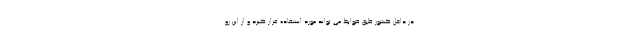
در داخل کشور طبق ضوابط می تواند مورد استفاده قرار گیرد و از این رو